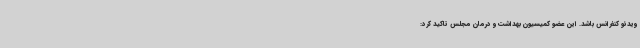
ویدئو کنفرانس باشد. این عضو کمیسیون بهداشت و درمان مجلس تاکید کرد: